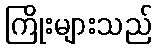
ကြိုးများသည်